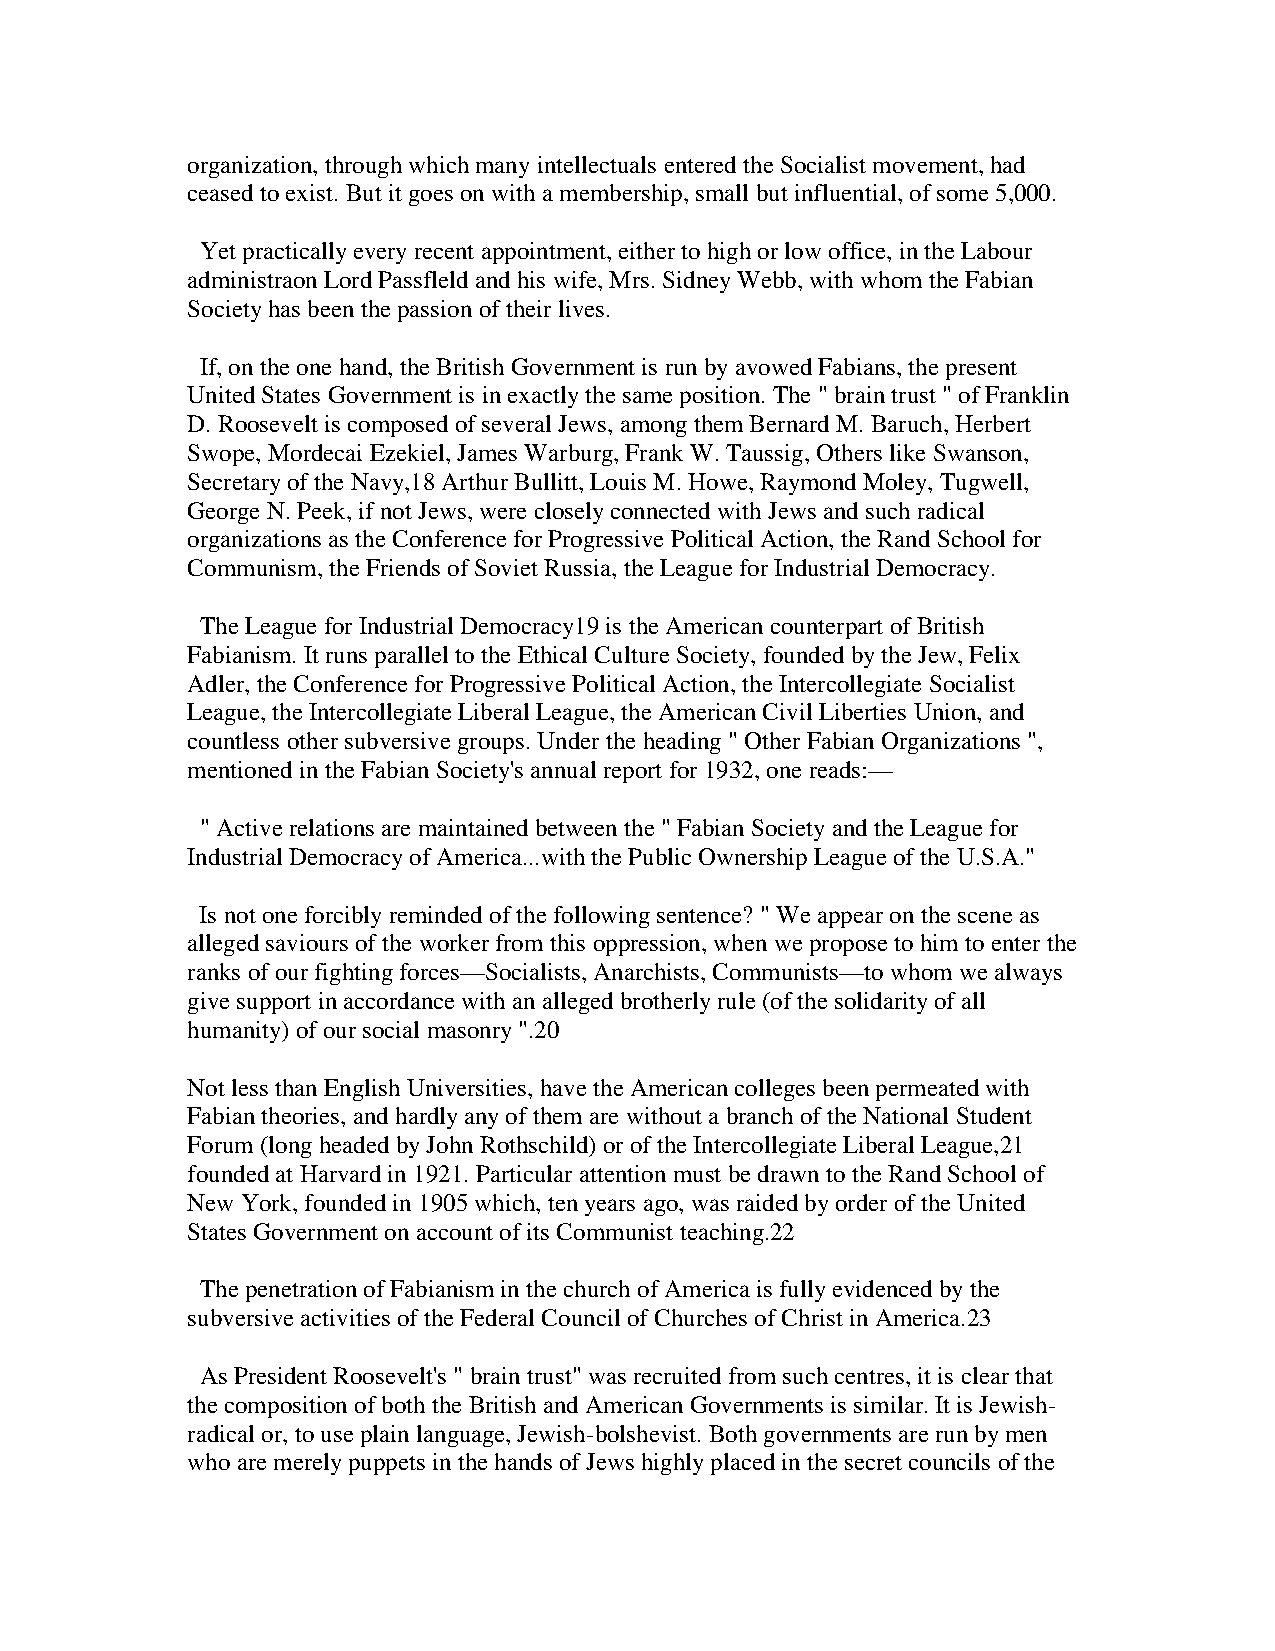
organization, through which many intellectuals entered the Socialist movement, had
 ceased to exist. But it goes on with a membership, small but influential, of some 5,000.
 Yet practically every recent appointment, either to high or low office, in the Labour
 administraon Lord Passfleld and his wife, Mrs. Sidney Webb, with whom the Fabian
 Society has been the passion of their lives.
 If, on the one hand, the British Government is run by avowed Fabians, the present
 United States Government is in exactly the same position. The " brain trust " of Franklin
 D. Roosevelt is composed of several Jews, among them Bernard M. Baruch, Herbert
 Swope, Mordecai Ezekiel, James Warburg, Frank W. Taussig, Others like Swanson,
 Secretary of the Navy,18 Arthur Bullitt, Louis M. Howe, Raymond Moley, Tugwell,
 George N. Peek, if not Jews, were closely connected with Jews and such radical
 organizations as the Conference for Progressive Political Action, the Rand School for
 Communism, the Friends of Soviet Russia, the League for Industrial Democracy.
 The League for Industrial Democracy19 is the American counterpart of British
 Fabianism. It runs parallel to the Ethical Culture Society, founded by the Jew, Felix
 Adler, the Conference for Progressive Political Action, the Intercollegiate Socialist
 League, the Intercollegiate Liberal League, the American Civil Liberties Union, and
 countless other subversive groups. Under the heading " Other Fabian Organizations ",
 mentioned in the Fabian Society's annual report for 1932, one reads:—
 " Active relations are maintained between the " Fabian Society and the League for
 Industrial Democracy of America...with the Public Ownership League of the U.S.A."
 Is not one forcibly reminded of the following sentence? " We appear on the scene as
 alleged saviours of the worker from this oppression, when we propose to him to enter the
 ranks of our fighting forces—Socialists, Anarchists, Communists—to whom we always
 give support in accordance with an alleged brotherly rule (of the solidarity of all
 humanity) of our social masonry ".20
 Not less than English Universities, have the American colleges been permeated with
 Fabian theories, and hardly any of them are without a branch of the National Student
 Forum (long headed by John Rothschild) or of the Intercollegiate Liberal League,21
 founded at Harvard in 1921. Particular attention must be drawn to the Rand School of
 New York, founded in 1905 which, ten years ago, was raided by order of the United
 States Government on account of its Communist teaching.22
 The penetration of Fabianism in the church of America is fully evidenced by the
 subversive activities of the Federal Council of Churches of Christ in America.23
 As President Roosevelt's " brain trust" was recruited from such centres, it is clear that
 the composition of both the British and American Governments is similar. It is Jewish-
 radical or, to use plain language, Jewish-bolshevist. Both governments are run by men
 who are merely puppets in the hands of Jews highly placed in the secret councils of the